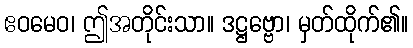
ဧဝမေဝ၊ ဤအတိုင်းသာ။ ဒဋ္ဌဗ္ဗော၊ မှတ်ထိုက်၏။